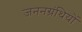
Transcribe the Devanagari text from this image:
जननग्रंथियों